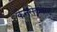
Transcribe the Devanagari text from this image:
कैनसेकवेस्ट